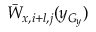
\Bar W _ { x , i + l , j } ( y _ { G _ { y } } )